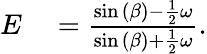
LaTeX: \begin{array}{rl}{E}&{{}=\frac{\sin{(\beta)}-\frac{1}{2}\omega}{\sin{(\beta)}+\frac{1}{2}\omega}.}\end{array}